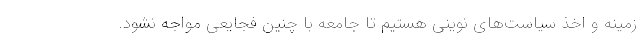
زمینه و اخذ سیاست‌های نوینی هستیم تا جامعه با چنین فجایعی مواجه نشود.